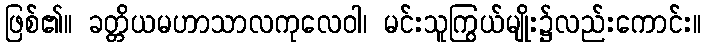
ဖြစ်၏။ ခတ္တိယမဟာသာလကုလေဝါ၊ မင်းသူကြွယ်မျိုး၌လည်းကောင်း။